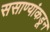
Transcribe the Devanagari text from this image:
ससाण्यांकडून